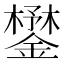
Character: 𨬮